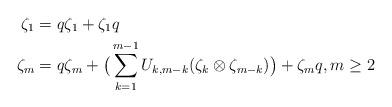
LaTeX: \begin{align*}\zeta_1 & = q\zeta_1 + \zeta_1q \\\zeta_m & = q\zeta_m + \big(\sum_{k=1}^{m-1}U_{k, m-k}(\zeta_k \otimes \zeta_{m-k}) \big) + \zeta_m q, m\geq 2\end{align*}